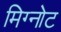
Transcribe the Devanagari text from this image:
मिग्नोट